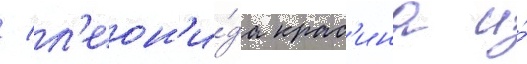
/ л'еон'и́да крас'ина и́